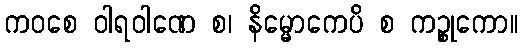
ကဝစေ ဝါရဝါဏေ စ၊ နိမ္မောကေပိ စ ကဉ္စုကော။